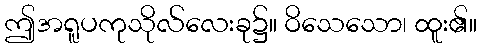
ဤအရူပကုသိုလ်လေးခု၌။ ဝိသေသော၊ ထူး၏။